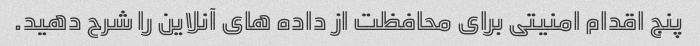
پنج اقدام امنیتی برای محافظت از داده های آنلاین را شرح دهید.